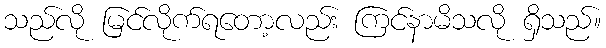
သည်လို မြင်လိုက်ရတော့လည်း ကြင်နာမိသလို ရှိသည်။